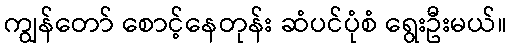
ကျွန်တော် စောင့်နေတုန်း ဆံပင်ပုံစံ ရွေးဦးမယ်။